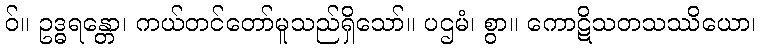
ဝ်။ ဥဒ္ဓရန္တော၊ ကယ်တင်တော်မူသည်ရှိသော်။ ပဌမံ၊ စွာ။ ကောဋိသတသဿိယော၊